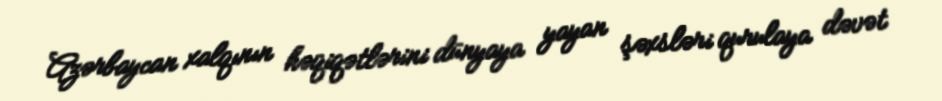
Azərbaycan xalqının həqiqətlərini dünyaya yayan şəxsləri qurulaya dəvət